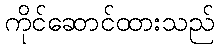
ကိုင်ဆောင်ထားသည်